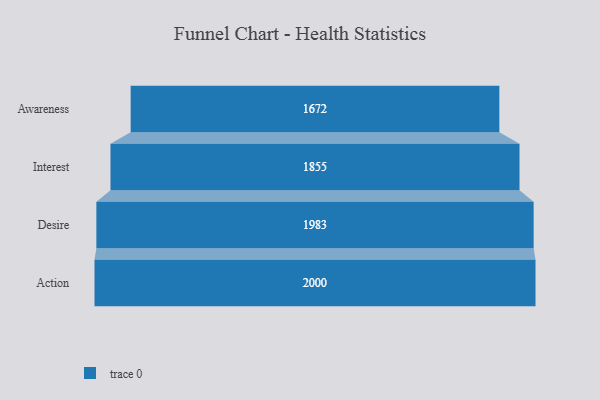
{"axis": {"x": "Stage", "y": "Value"}, "legend": [""], "data": [{"x": "Awareness", "y": 1672.0, "type": ""}, {"x": "Interest", "y": 1855.0, "type": ""}, {"x": "Desire", "y": 1983.0, "type": ""}, {"x": "Action", "y": 2000, "type": ""}]}